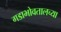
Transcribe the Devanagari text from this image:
गडाभोवतालच्या